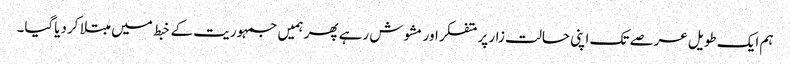
ہم ایک طویل عرصے تک اپنی حالت زار پر متفکر اور مشوش رہے پھر ہمیں جمہوریت کے خبط میں مبتلا کردیاگیا۔